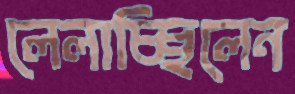
লেলাচ্ছিলেন